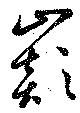
巓